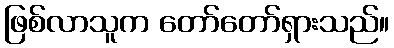
ဖြစ်လာသူက တော်တော်ရှားသည်။